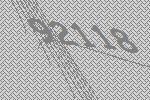
92118